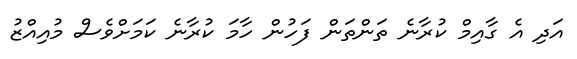
އަދި އެ ގާއިމް ކުރާނެ ތަންތަން ފަހުން ހާމަ ކުރާނެ ކަމަށްވެސް މުއިއްޒު